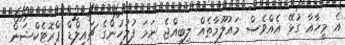
އެ މީހާއާ ގުޅޭ އެއްވެސް މައުލޫމާތެއް ލިބިއްޖެ ނަމަ ފުލުހުންގެ ޗައިލްޑް ޕްރޮޓެކްޝަން